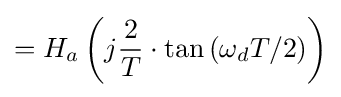
=H_{a}\left(j{\frac {2}{T}}\cdot \tan \left(\omega _{d}T/2\right)\right)